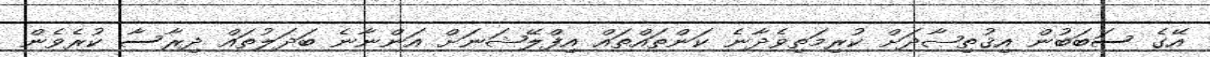
އޭގެ ސަބަބުން އިޤުތިޞާދަށް ކުރިމަތިވެދާނެ ކަންތައްތައް އިފްލޭޝަނަށް އަންނާނެ ބަދަލުތައް ދިރާސާ ކުރެވެން